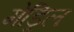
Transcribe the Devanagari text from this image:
मेड्रिल